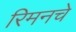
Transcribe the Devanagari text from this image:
रिमनचे